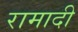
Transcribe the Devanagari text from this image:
रामादी